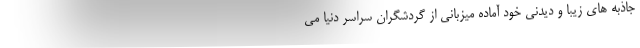
جاذبه های زیبا و دیدنی خود آماده میزبانی از گردشگران سراسر دنیا می